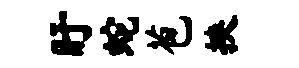
盱蛇苞挟